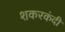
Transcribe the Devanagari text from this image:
शकरकंदी